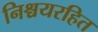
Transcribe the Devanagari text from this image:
निश्चयरहित